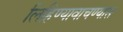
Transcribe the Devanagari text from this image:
लिहिण्यावाचण्यास